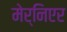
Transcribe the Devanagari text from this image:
मेर्निएर